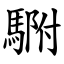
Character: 䮛